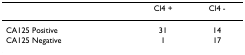
<table><thead><tr><td></td><td><b>Cl4 +</b></td><td><b>Cl4 -</b></td></tr></thead><tbody><tr><td>CA125 Positive</td><td>31</td><td>14</td></tr><tr><td>CA125 Negative</td><td>1</td><td>17</td></tr></tbody></table>